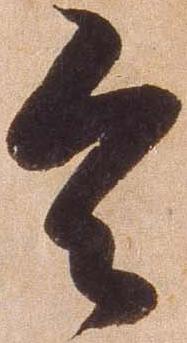
令